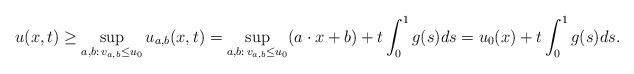
LaTeX: \begin{align*}u(x,t)\ge \sup_{a,b:\,v_{a,b}\le u_0} u_{a,b}(x,t) =\sup_{a,b:\,v_{a,b}\le u_0} (a\cdot x+b)+t\int_0^1 g(s)ds= u_0(x)+t\int_0^1 g(s)ds.\end{align*}